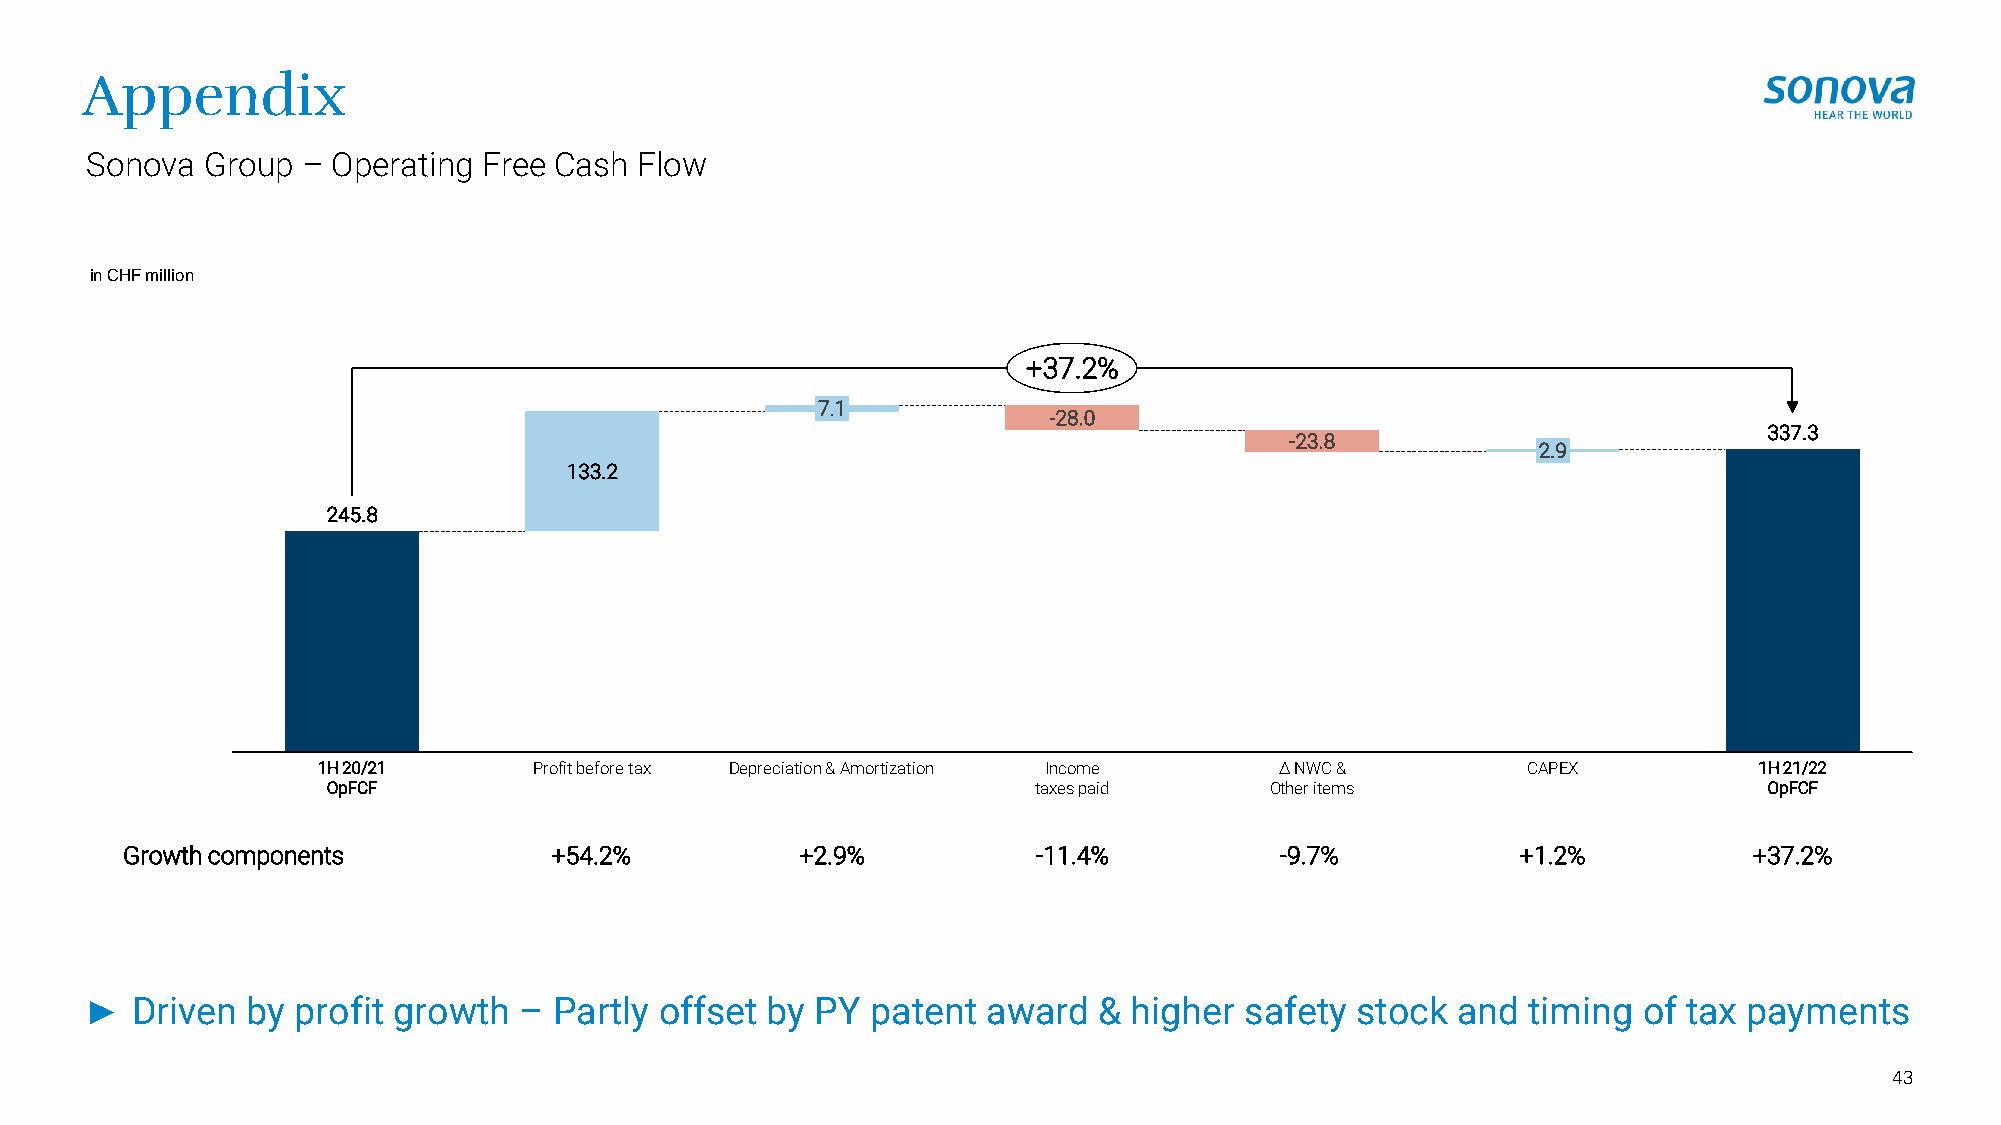
Appendix
 Sonova  Group – Operating Free Cash Flow
 in CHF million
 +37.2%
 7.1
 -28.0
 337.3
 -23.8
 2.9
 133.2
 245.8
 1H 20/21      Profit before tax Depreciation & Amortization Income ∆ NWC &      CAPEX          1H 21/22
 OpFCF                                         taxes paid      Other items                      OpFCF
 Growth components           +54.2%           +2.9%           -11.4%          -9.7%           +1.2%          +37.2%
 ►  Driven by profit growth  –  Partly offset by PY  patent award   & higher safety  stock and  timing  of tax payments
 43